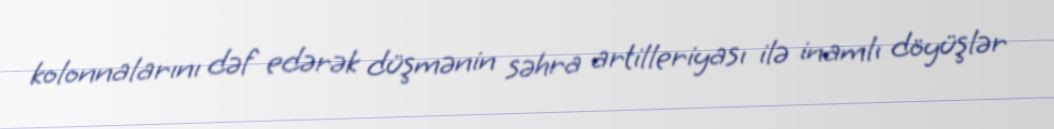
kolonnalarını dəf edərək düşmənin səhra artilleriyası ilə inamlı döyüşlər